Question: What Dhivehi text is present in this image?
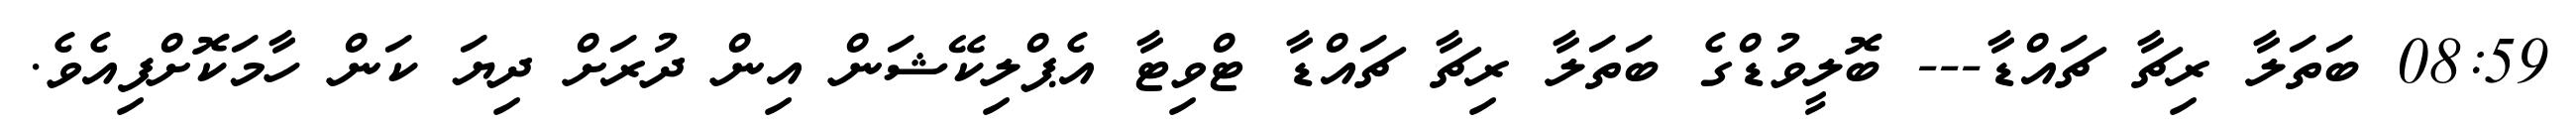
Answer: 08:59 ބަތަލާ ރިޗާ ޗައްޑާ--- ބޮލީވުޑްގެ ބަތަލާ ރިޗާ ޗައްޑާ ޓްވިޓާ އެޕްލިކޭޝަން އިން ދުރަށް ދިޔަ ކަން ހާމަކޮށްފިއެވެ.